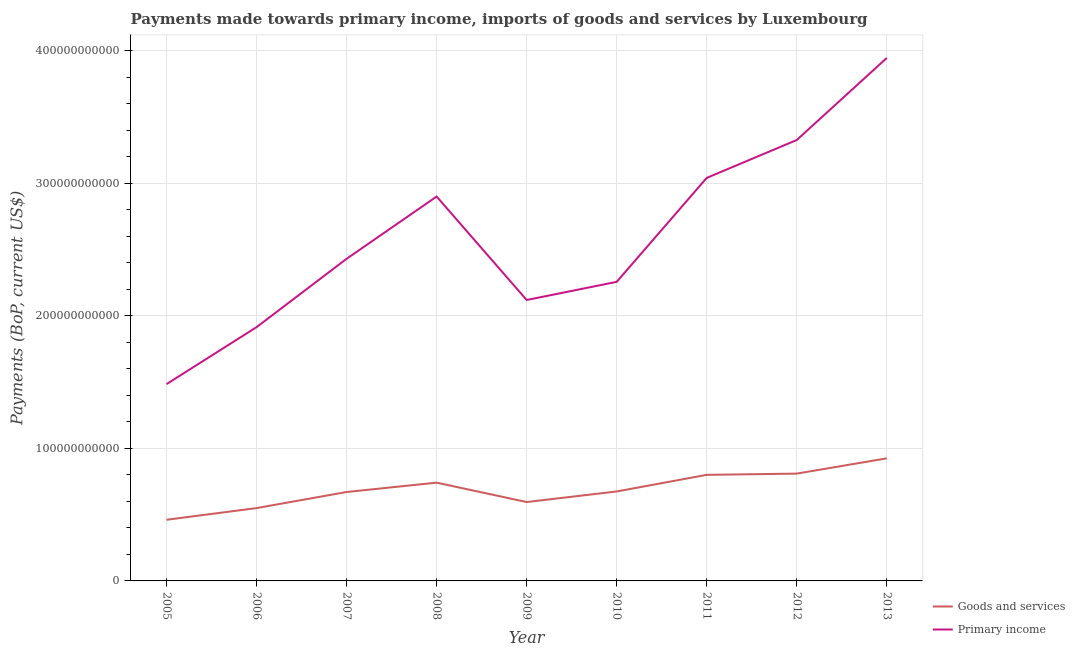
| Year | Goods and services | Primary income |
 | --- | --- | --- |
 | 2005 | 4.61e+10 | 1.48e+11 |
 | 2006 | 5.49e+10 | 1.91e+11 |
 | 2007 | 6.71e+10 | 2.43e+11 |
 | 2008 | 7.41e+10 | 2.9e+11 |
 | 2009 | 5.95e+10 | 2.12e+11 |
 | 2010 | 6.75e+10 | 2.26e+11 |
 | 2011 | 8e+10 | 3.04e+11 |
 | 2012 | 8.09e+10 | 3.33e+11 |
 | 2013 | 9.25e+10 | 3.94e+11 |